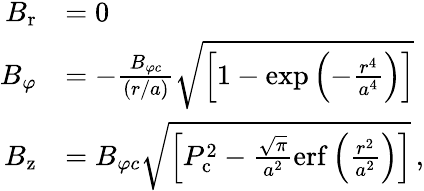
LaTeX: \begin{array}{rl}{B_{\mathrm{r}}}&{=0}\\ {B_{\varphi}}&{=-\frac{B_{\varphi c}}{(r/a)}\sqrt{\left[1-\mathrm{exp}\left(-\frac{r^{4}}{a^{4}}\right)\right]}}\\ {B_{\mathrm{z}}}&{=B_{\varphi c}\sqrt{\left[P_{\mathrm{c}}^{2}-\frac{\sqrt{\pi}}{a^{2}}\mathrm{erf}\left(\frac{r^{2}}{a^{2}}\right)\right]}\, ,}\end{array}